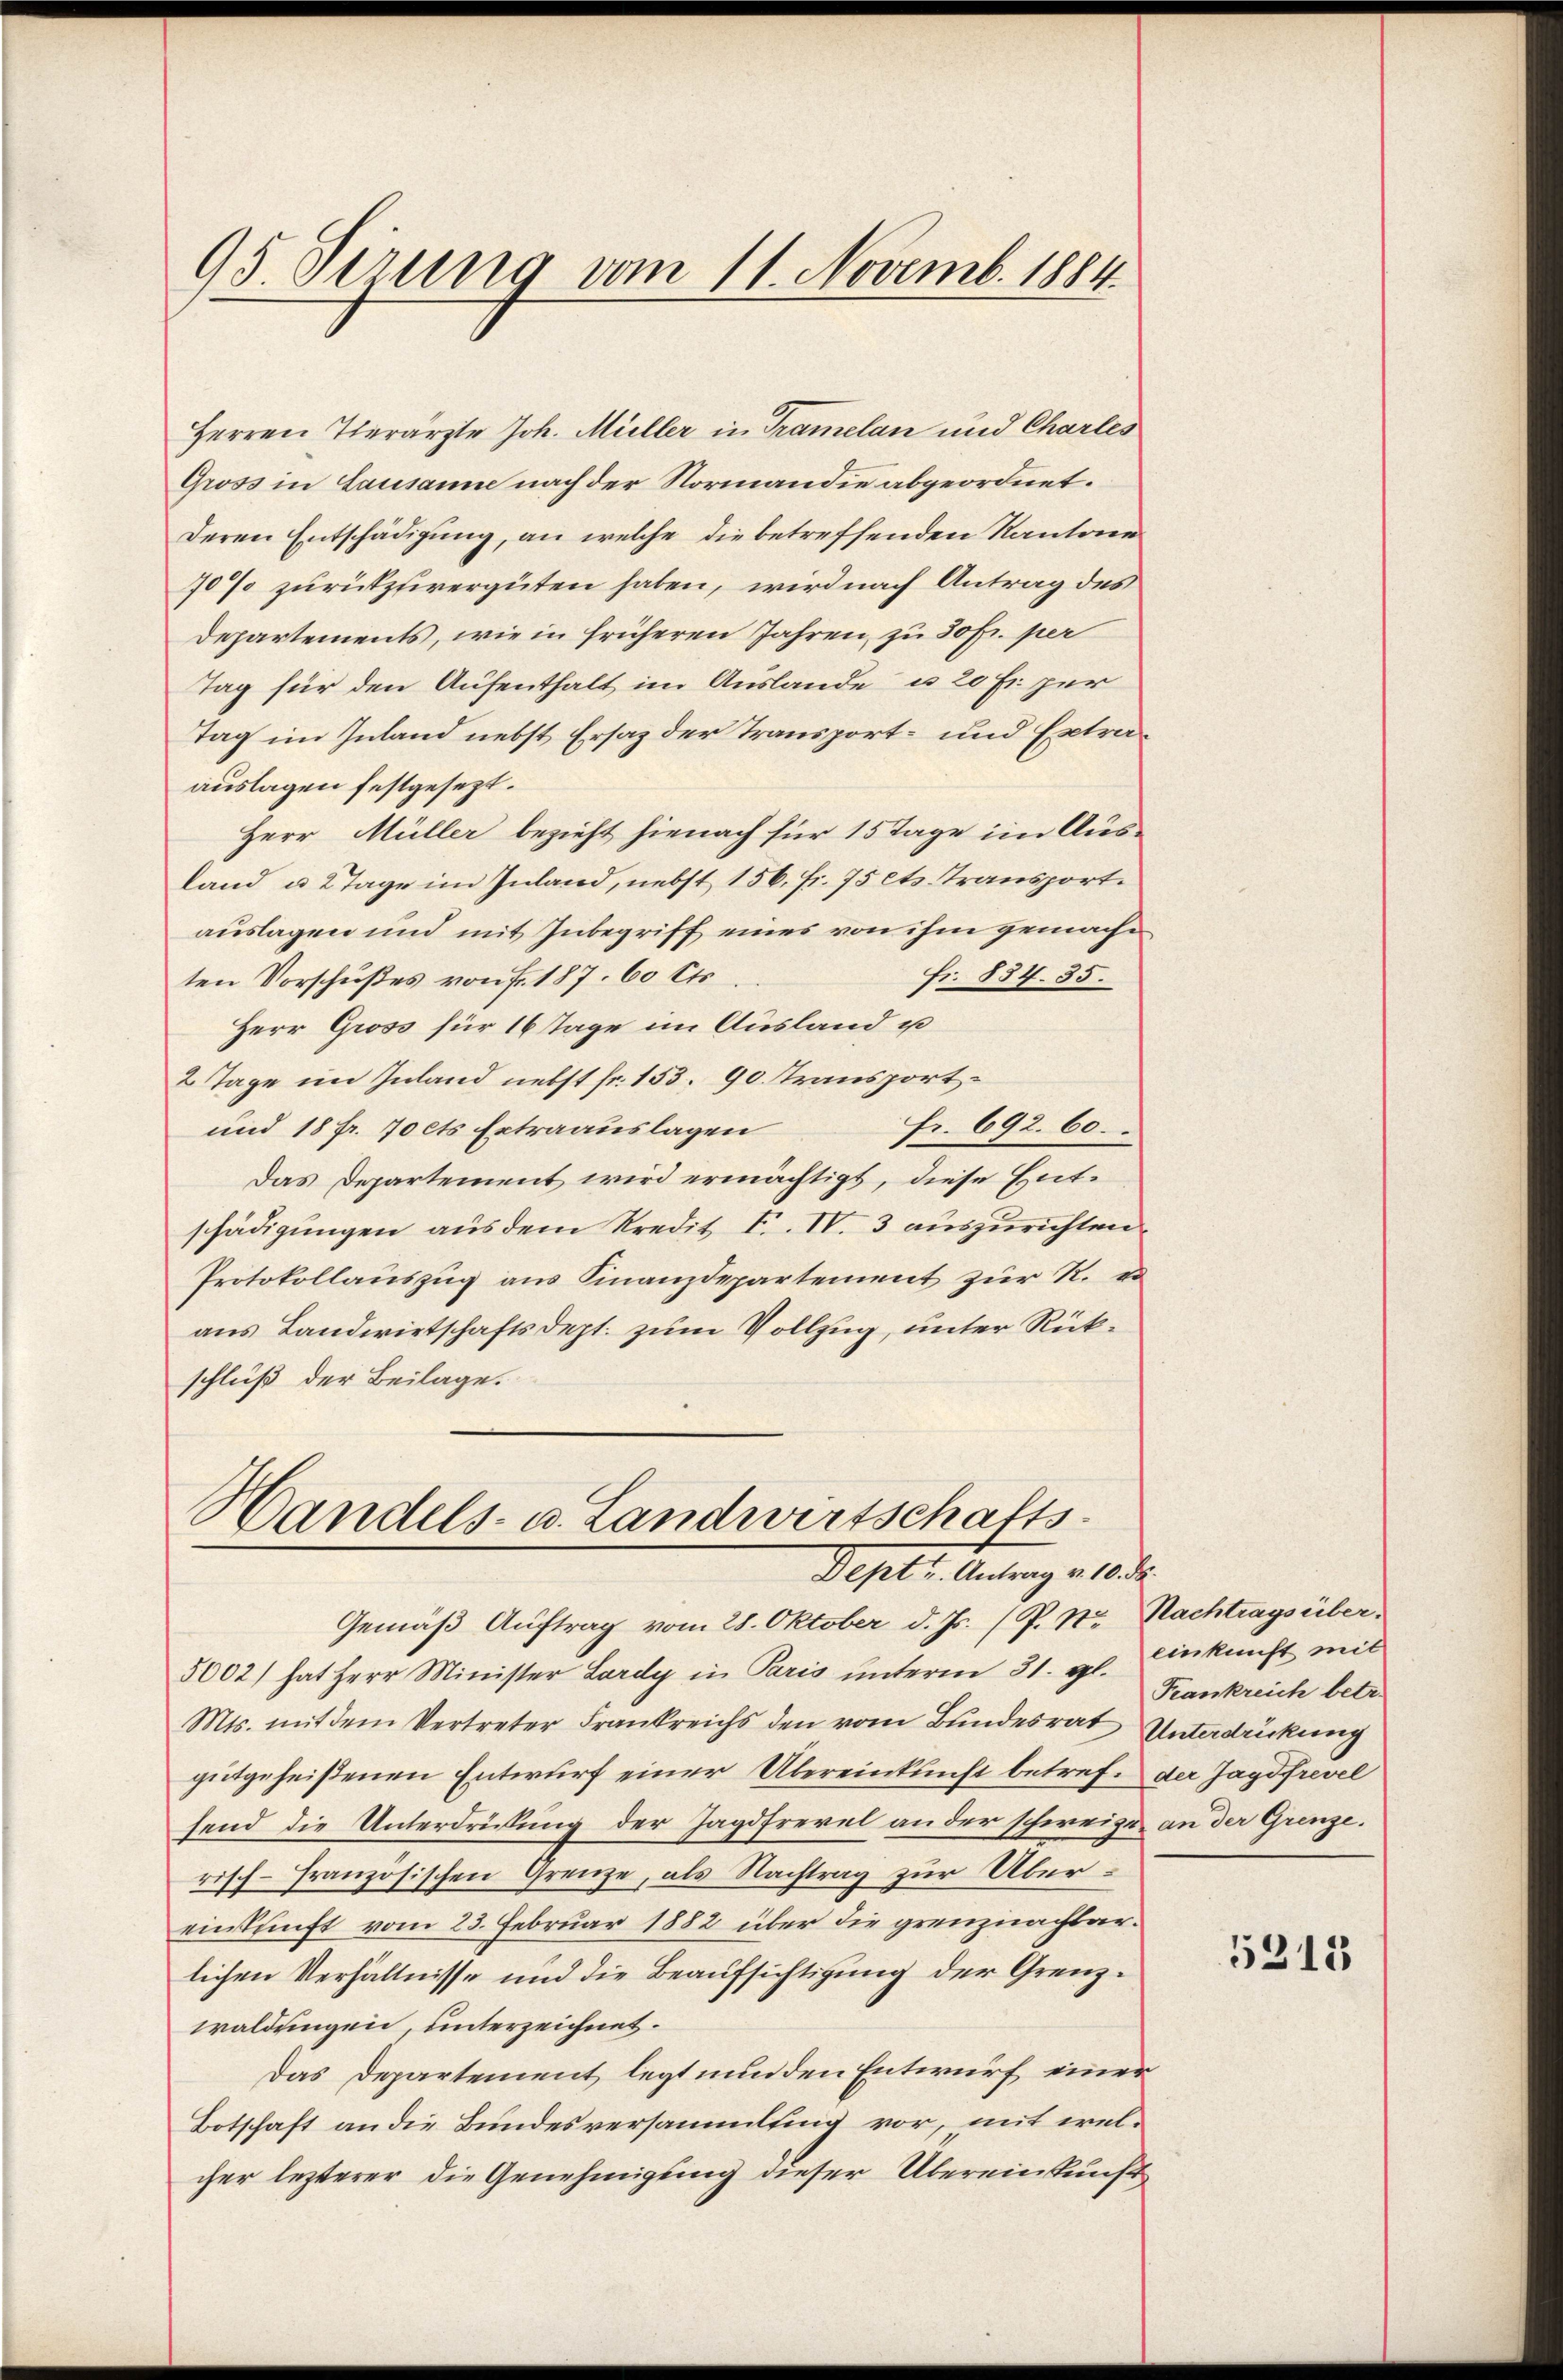
95. Verung vom 11. Novemb. 1884.

Herren Tierärzte Joh. Müller in Tramelan und Charles
Gross in Lausanne nach der Normandie abgeordnet.
Deren Entschädigung, an welche die betreffenden Kantone
70% zurückzuvergüten haben, wird nach Antrag des
Departements, wie in früheren Jahren, zu 30 fr. per
Tag für den Aufenthalt im Auslande u. 20 Fr. per
Tag im Inland nebst Ersatz der Transport- und Extraauslagen festgesezt.
Herr Müller bezieht hienach für 15 Tage im Ausland u. 2 Tage im Inland, nebst 156. fr. 75 ets. Transportauslagen und mit Inbegriff eines von ihm gemache
Fr. 834. 35.
ten Vorschußes von fr. 187. 60 Cts
Herr Gross für 16 Tage im Ausland u
2 Tage im Inland nebst fr. 153. 90. Transport
Fr. 692. 60.
und 18 fr. 70 cts Extraauslagen
Das Departement wird ermächtigt, diese Entschädigungen aus dem Kredit F. IV. 3 auszurichten
Protokollauszug aus Finanzdepartement zur R. u
aus Landwirtschaftsdept. zum Vollzug, unter Rückschluß der Beilage.

Handels- u. Landwirtschafts
Dept u. Antrag v. 10. d.

Gemäß Auftrag vom 28. Oktober d. Js. (P. Nr. Nachtragsüber,
5002) hat Herr Minister Lardy in Paris unterm 31. gl. Einkunft mit
Mts. mit dem Vertreter Frankreichs den vom Bundesrat Unterdrückung
gŭtgeheißenen Entwŭrf einer Übereinkunft betref. der Jagdfrevel
hend die Unterdrückung der Jagdfrevel an der schweizen an der Grenze.
risch-Französischen Grenze, als Nachtrag zur Übereinkunft vom 23. Februar 1882 über die grenznachbarlichen Verhältnisse und die Beaufsichtigung der Grenzwaldungen, unterzeichnet.
Das Departement legt nun den Entwurf einer
Botschaft an die Bundesversammlung vor, mit welcher lezterer die Genehmigung dieser Übereinkunft

Frankreich betr.

5313